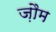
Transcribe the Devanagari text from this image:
ज़ौम